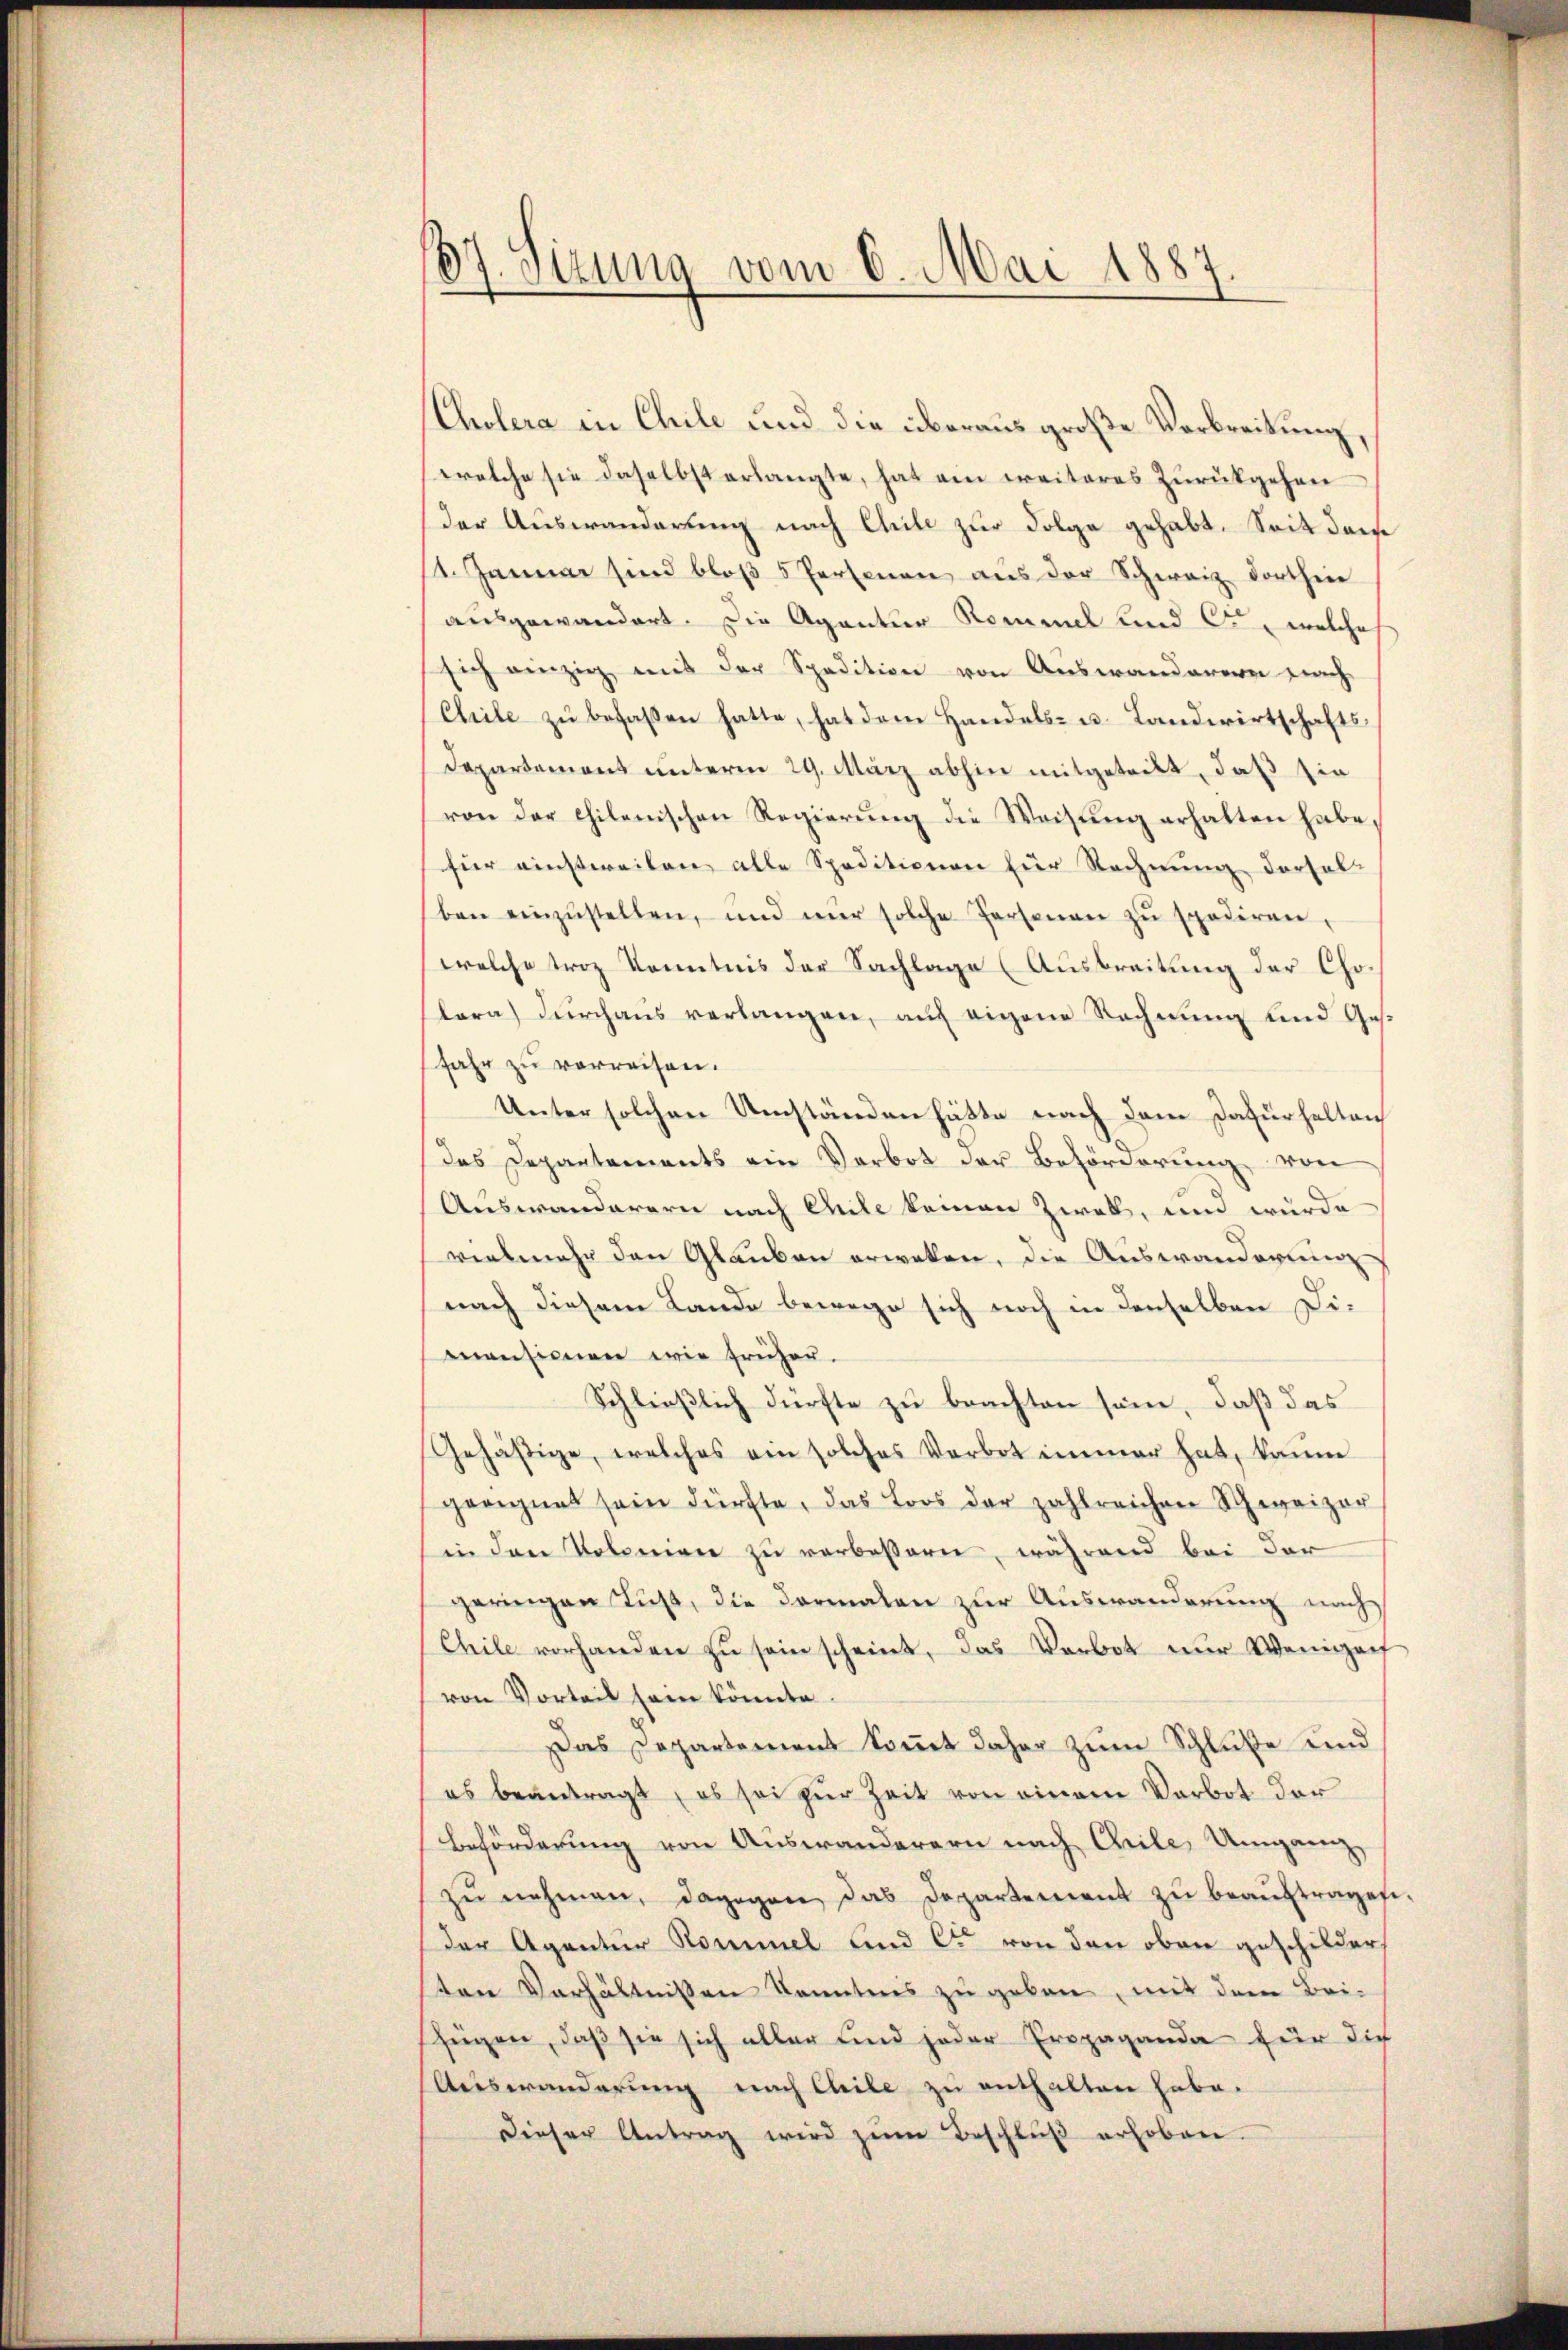
07. Sizung vom 6. Mai 1887.

Cholera in Chile und die überaus große Verbreitung,
welche sie daselbst erlangte, hat ein weiteres Zurückgehen
der Auswanderung nach Chile zur Folge gehabt. Seit der
1. Januar sind bloß 5 Personen aus der Schweiz dorthin
ausgewandert. Die Aganter Rommel und C., welche
sich einzig mit der Spedition von Auswanderen nach
Chile zu befaßen hatte, hat dem Handels- u. Landwirtschafts¬
Departement unterm 29. März abhin mitgetritt, daß sie
von der chilenischen Regierŭng die Weisung erhalten habe,
für einstweilen alle Speditionen für Rechnung derselben einzŭstellen, und nŭr solche Personen zŭ spediren.
welche trotz Kenntnis der Sachlage (Ausbreitung der Cholara durchaus verlangen, auf eigene Rechnung und Ges.
fahr zu verreisen.
Unter solchen Umständen hätte nach dem Dafürhalten
das Departements ein Verbot der Beförderung von
Auswanderern nach Chile keinen Zwek, und würde
vielmehr den Glauben erwaken, die Auswanderung
nach diesem Lande bewege sich noch in denselben Dimansionen wie früher.
Schließlich dürfte zu beachten sein, daß das
Gehästige, welches ein solches Verbot immer hat, kanne
geeignet sein dürfte, das Loos der zahlreichen Schweizer
in den Volonien zu verbessern, während bei der
geringen Fuß, die dormalen zur Auswanderung nach
Chile vorhanden zu sein scheint, das Verbot nur Wenigenf
von Vorteil sein könnte.
Das Departement kommt daher zum Schluße und
es beantragt, es sei zur Zeit von einem Verbot der
Beförderung von Auswanderern nach Chile, Umgang,
zŭ nehmen, dagegen das Departement zŭ beaŭftragen.
der Agentur Kommel und C. von den oben geschilder
sten Verhältnißen konntnis zu geben, mit dem Bei-
zügen, daß sie sich aller und jeder Propaganda für die
Auswanderung nach Chile zu enthalten habe.
Dieser Antrag wird zŭm Beschlŭβ erhoben.